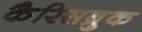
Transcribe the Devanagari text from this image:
कैरिसब्रुक